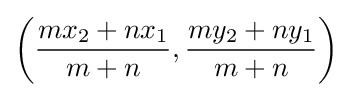
\left({\frac {mx_{2}+nx_{1}}{m+n}},{\frac {my_{2}+ny_{1}}{m+n}}\right)